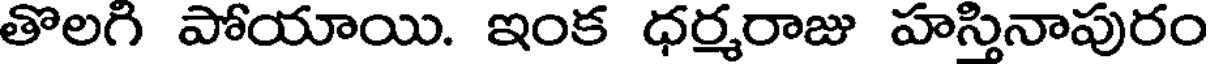
తొలగి పోయాయి. ఇంక ధర్మరాజు హస్తినాపురం